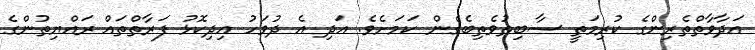
އަދާވާތްތެރިންގެ ކުރިމަތީ ސާބިތުވެތިބެގެން ކަމަށެވެ. އަދި އެ ދުވަހު އިދިކޮޅު ފަރާތްތައް ރައްޔިތުންގެ